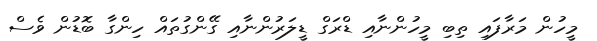
މީހުން މަރާފައި ތިބި މީހުންނާއި ޑްރަގް ޑީލަރުންނާއި ގޭންގުތައް ހިންގާ ބޮޑުން ވެސް